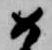
如